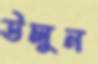
উলুন